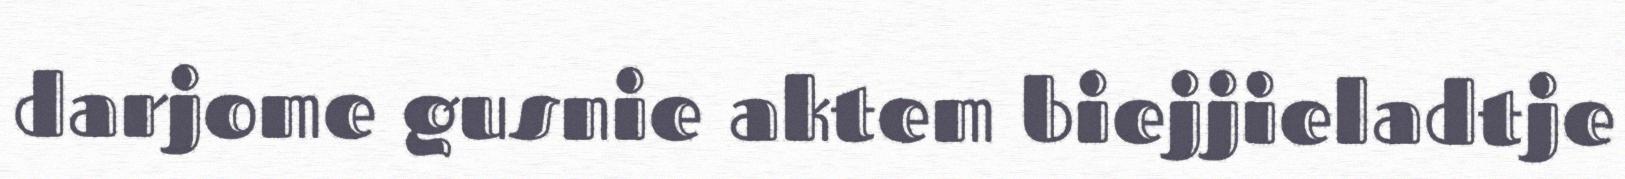
darjome gusnie aktem biejjieladtje